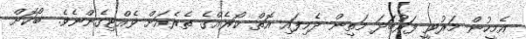
އެމީހުން މަރުވީ ފަރުބަދަ މަތިން ދެމިފައި އޮތް ކޯރެއްގެ ތެރެއަށް ވެއްޓިގެންނެވެ. ބޯކޮށް